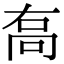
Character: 𠳮